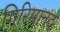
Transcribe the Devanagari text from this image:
गिरिमानंद